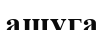
ашуга